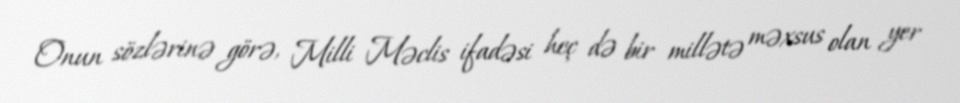
Onun sözlərinə görə, Milli Məclis ifadəsi heç də bir millətə məxsus olan yer